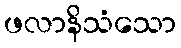
ဖလာနိသံသော